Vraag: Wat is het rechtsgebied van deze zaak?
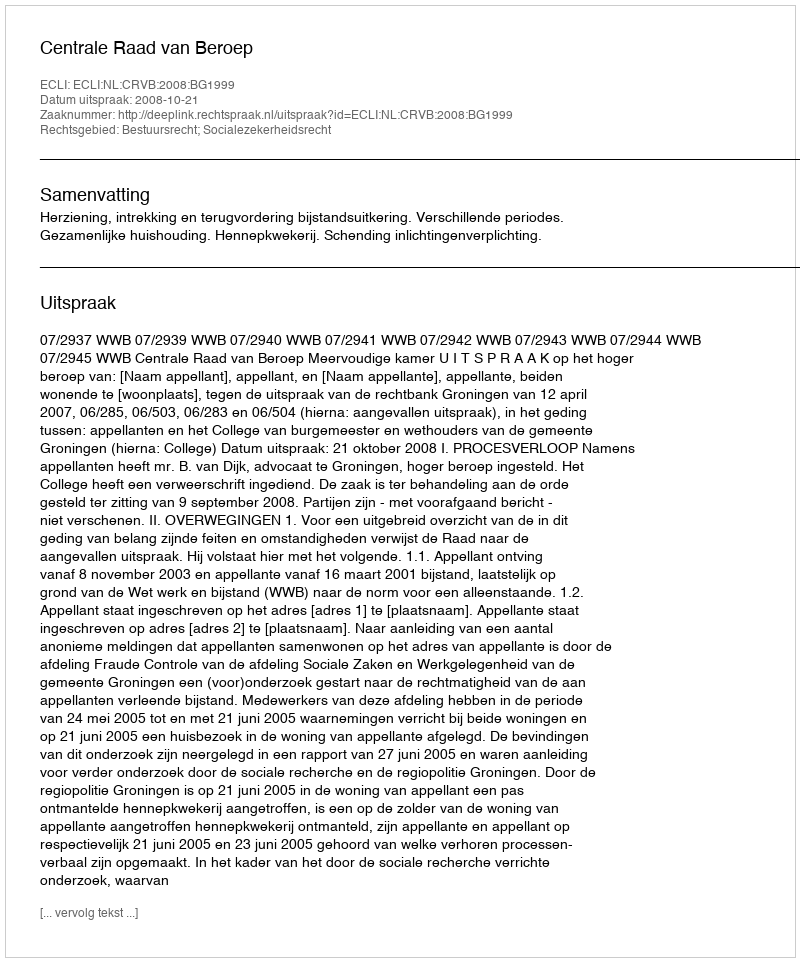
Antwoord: Bestuursrecht; Socialezekerheidsrecht